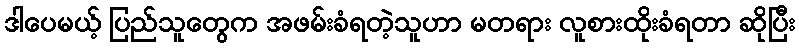
ဒါပေမယ့် ပြည်သူတွေက အဖမ်းခံရတဲ့သူဟာ မတရား လူစားထိုးခံရတာ ဆိုပြီး